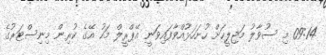
09:14 މި ސުވާލު މަޖިލީހަށް ހުށަހަޅުއްވާފައިވަނީ އޭޕްރީލް މަހު އޭގެ ކުރިން މިނިސްޓަރުގެ